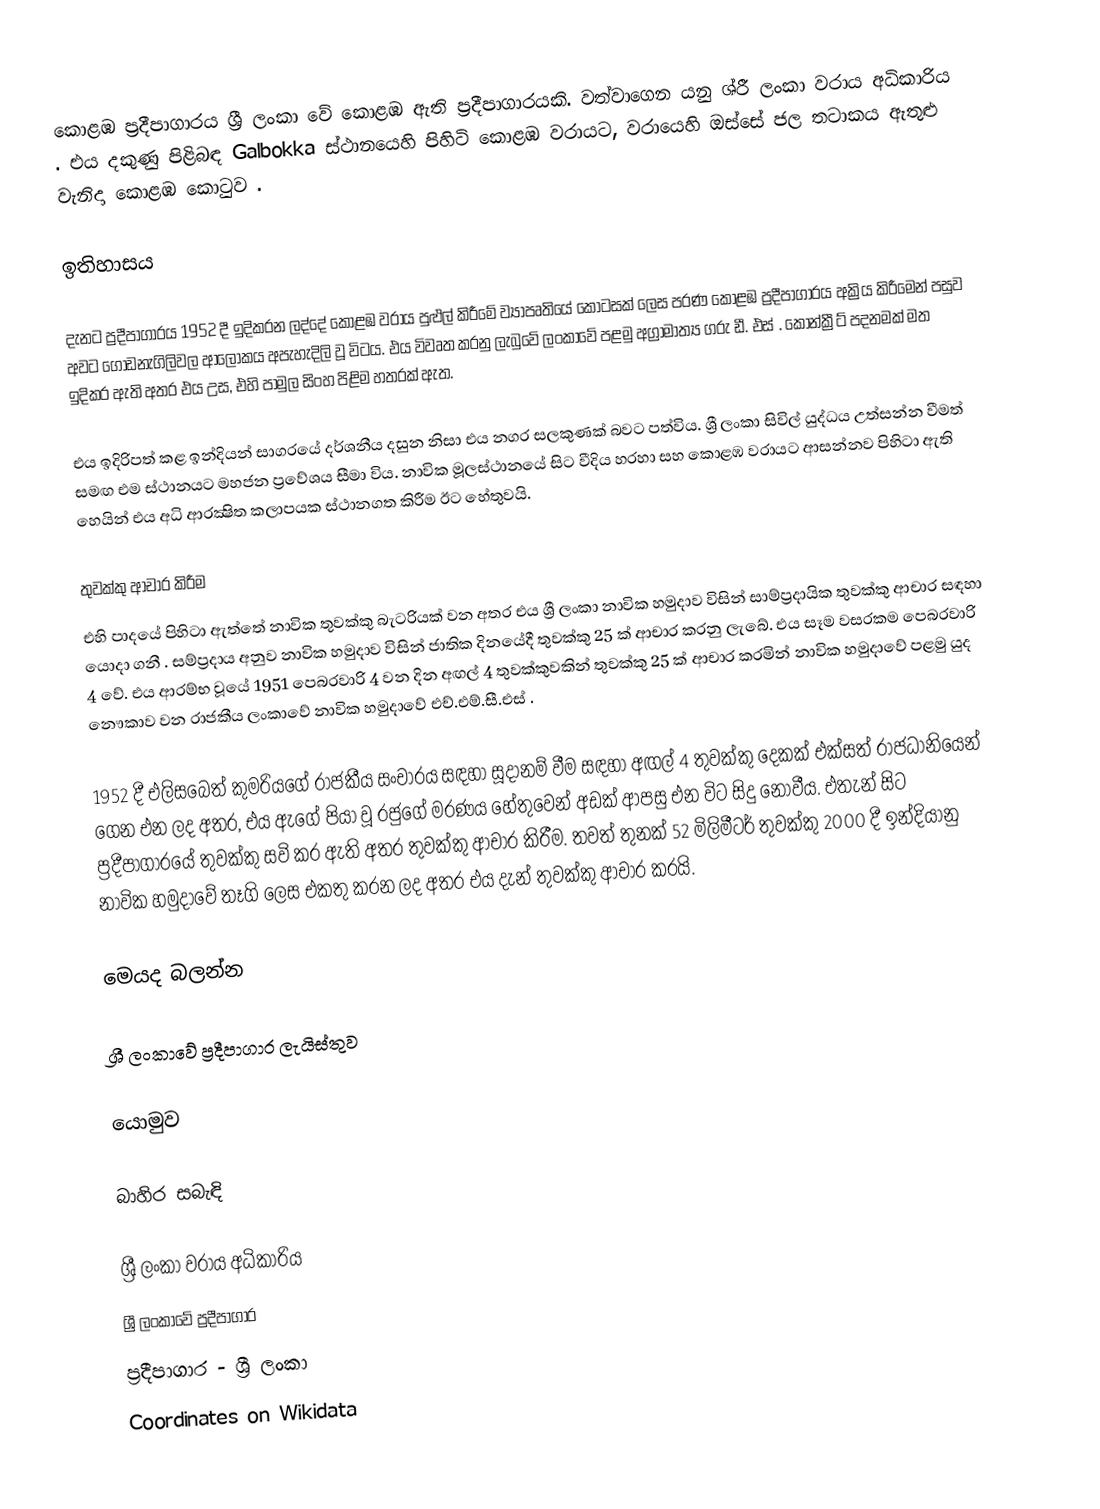
කොළඹ ප්‍රදීපාගාරය ශ්‍රී ලංකා වේ කොළඹ ඇති ප්‍රදීපාගාරයකි. වත්වාගෙන යනු ශ්රී ලංකා වරාය අධිකාරිය . එය දකුණු පිළිබඳ Galbokka ස්ථානයෙහි පිහිටි කොළඹ වරායට, වරායෙහි ඔස්සේ ජල තටාකය ඇතුළු වැනිදා කොළඹ කොටුව .

ඉතිහාසය

දැනට    ප්‍රදීපාගාරය 1952 දී ඉදිකරන ලද්දේ කොළඹ වරාය පුළුල් කිරීමේ ව්‍යාපෘතියේ කොටසක් ලෙස පරණ කොළඹ ප්‍රදීපාගාරය අක්‍රිය කිරීමෙන් පසුව අවට ගොඩනැගිලිවල ආලෝකය අපැහැදිලි වූ විටය. එය විවෘත කරනු ලැබුවේ ලංකාවේ පළමු අග්‍රාමාත්‍ය ගරු ඩී. එස් . කොන්ක්‍රීට් පදනමක් මත ඉදිකර ඇති අතර එය      උස, එහි පාමුල සිංහ පිළිම හතරක් ඇත.

එය ඉදිරිපත් කළ ඉන්දියන් සාගරයේ දර්ශනීය දසුන නිසා එය නගර සලකුණක් බවට පත්විය. ශ්‍රී ලංකා සිවිල් යුද්ධය උත්සන්න වීමත් සමඟ එම ස්ථානයට මහජන ප්‍රවේශය සීමා විය. නාවික මූලස්ථානයේ සිට වීදිය හරහා සහ කොළඹ වරායට ආසන්නව පිහිටා ඇති හෙයින් එය අධි ආරක්‍ෂිත කලාපයක ස්ථානගත කිරීම ඊට හේතුවයි.

තුවක්කු ආචාර කිරීම
එහි පාදයේ පිහිටා ඇත්තේ නාවික තුවක්කු බැටරියක් වන අතර එය ශ්‍රී ලංකා නාවික හමුදාව විසින් සාම්ප්‍රදායික තුවක්කු ආචාර සඳහා යොදා ගනී .  සම්ප්‍රදාය අනුව නාවික හමුදාව විසින් ජාතික දිනයේදී තුවක්කු 25 ක් ආචාර කරනු ලැබේ. එය සෑම වසරකම පෙබරවාරි 4 වේ. එය ආරම්භ වූයේ 1951 පෙබරවාරි 4 වන දින අඟල් 4 තුවක්කුවකින් තුවක්කු 25 ක් ආචාර කරමින් නාවික හමුදාවේ පළමු යුද නෞකාව වන රාජකීය ලංකාවේ නාවික හමුදාවේ එච්.එම්.සී.එස් .

1952 දී එලිසබෙත් කුමරියගේ රාජකීය සංචාරය සඳහා සූදානම් වීම සඳහා අඟල් 4 තුවක්කු දෙකක් එක්සත් රාජධානියෙන් ගෙන එන ලද අතර, එය ඇගේ පියා වූ රජුගේ මරණය හේතුවෙන් අඩක් ආපසු එන විට සිදු නොවීය. එතැන් සිට ප්‍රදීපාගාරයේ තුවක්කු සවි කර ඇති අතර තුවක්කු ආචාර කිරීම. තවත් තුනක් 52   මිලිමීටර් තුවක්කු 2000 දී ඉන්දියානු නාවික හමුදාවේ තෑගි ලෙස එකතු කරන ලද අතර එය දැන් තුවක්කු ආචාර කරයි.

මෙයද බලන්න

 ශ්‍රී ලංකාවේ ප්‍රදීපාගාර ලැයිස්තුව

යොමුව

බාහිර සබැඳි

 ශ්‍රී ලංකා වරාය අධිකාරිය
 ශ්‍රී ලංකාවේ ප්‍රදීපාගාර
ප්‍රදීපාගාර - ශ්‍රී ලංකා
Coordinates on Wikidata